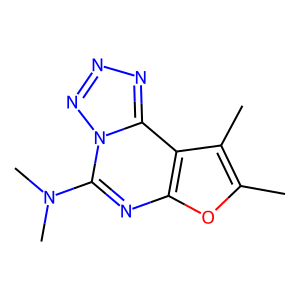
SMILES: Cc1oc2nc(N(C)C)n3nnnc3c2c1C
Inhibits HIV replication: No